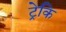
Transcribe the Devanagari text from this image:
ट्रेकि